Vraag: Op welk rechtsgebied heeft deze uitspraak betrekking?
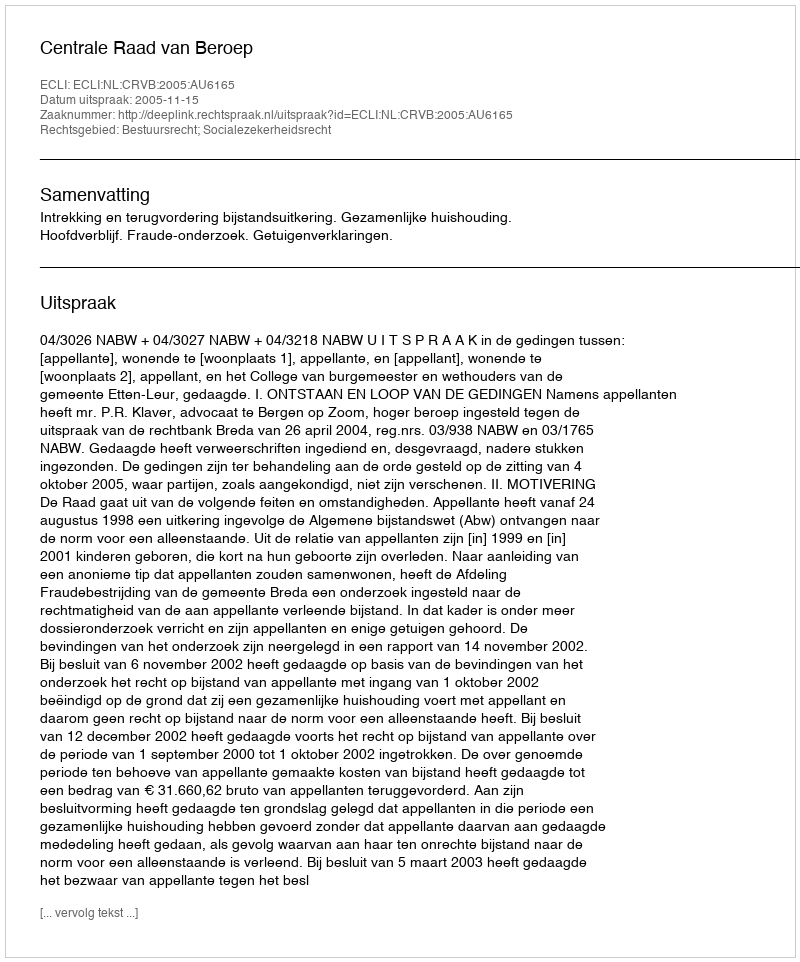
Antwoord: Bestuursrecht; Socialezekerheidsrecht